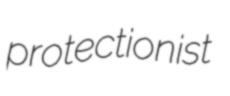
protectionist